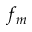
f _ { m }